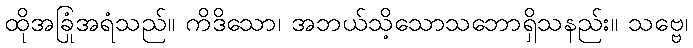
ထိုအခြံအရံသည်။ ကိဒိသော၊ အဘယ်သို့သောသဘောရှိသနည်း။ သဗ္ဗေ၊